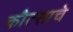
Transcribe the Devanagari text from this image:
कौत्साचे